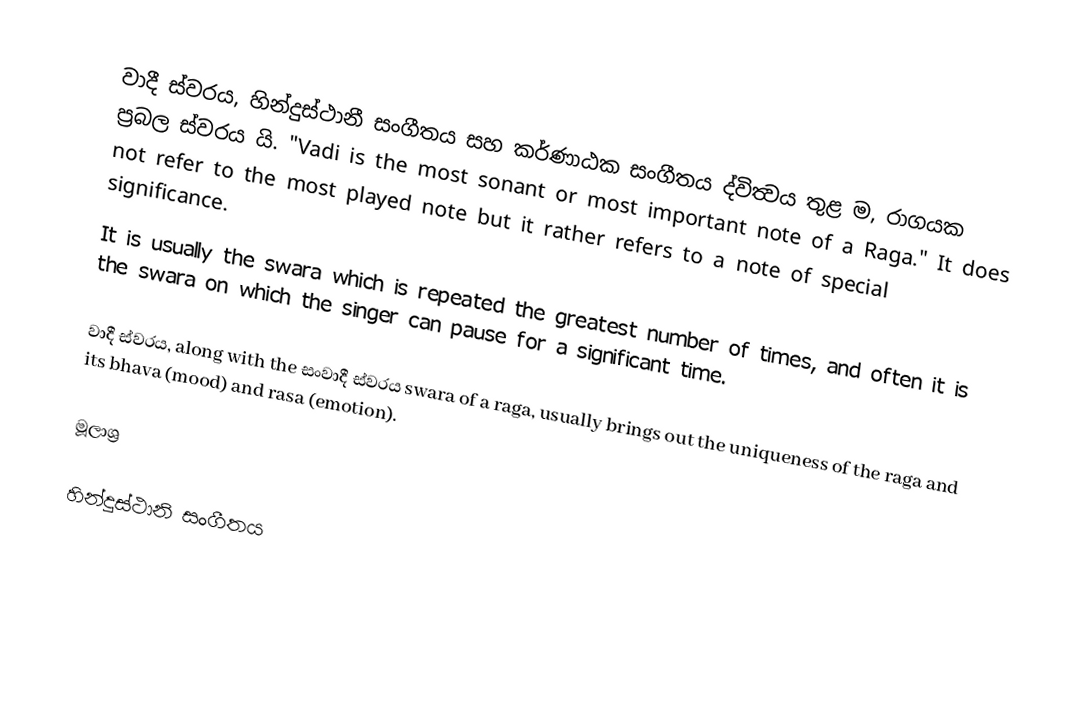
වාදී ස්වරය, හින්දුස්ථානී සංගීතය සහ කර්ණාඨක සංගීතය ද්විත්‍වය තුළ ම, රාගයක ප්‍රබල ස්වරය යි. "Vadi is the most sonant or most important note of a Raga."  It does not refer to the most played note but it rather refers to a note of special significance.
It is usually the swara which is repeated the greatest number of times, and often it is the swara on which the singer can pause for a significant time.

වාදී ස්වරය, along with the සංවාදී ස්වරය swara of a raga, usually brings out the uniqueness of the raga and its bhava (mood) and rasa (emotion).

මූලාශ්‍ර

හින්දුස්ථානි සංගීතය